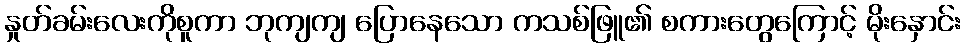
နှုတ်ခမ်းလေးကိုစူကာ ဘုကျကျ ပြောနေသော ကသစ်ဖြူ၏ စကားတွေကြောင့် မိုးနှောင်း